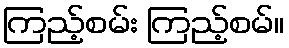
ကြည့်စမ်း ကြည့်စမ်။